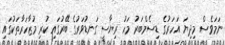
ނަމަވެސް މިދިޔަ އަހަރުގެ ޑިސެމްބަރު މަހު ރިޔާސީ ގަނޑުވަރުގެ ބޭރުގައި ކުރި މުޒާހަރާތަކުގައި